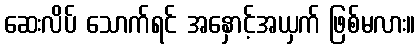
ဆေးလိပ် သောက်ရင် အနှောင့်အယှက် ဖြစ်မလား။